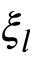
\xi _ { l }